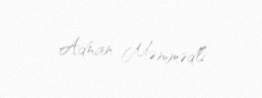
Adnan Məmmədli